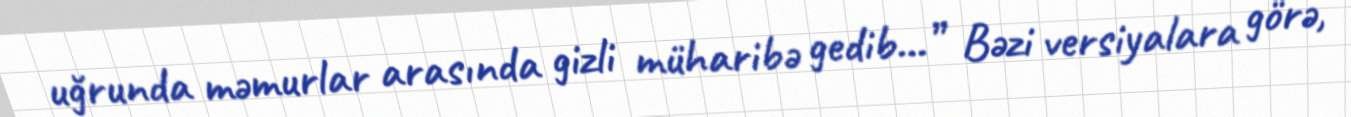
uğrunda məmurlar arasında gizli müharibə gedib...” Bəzi versiyalara görə,